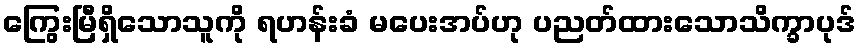
ကြွေးမြီရှိသောသူကို ရဟန်းခံ မပေးအပ်ဟု ပညတ်ထားသောသိက္ခာပုဒ်